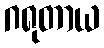
ဂရုတာယ